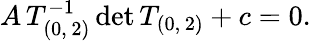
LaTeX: A\, T_{(0,\, 2)}^{-1}\, \mathrm{det}\, T_{(0,\, 2)}+c=0.